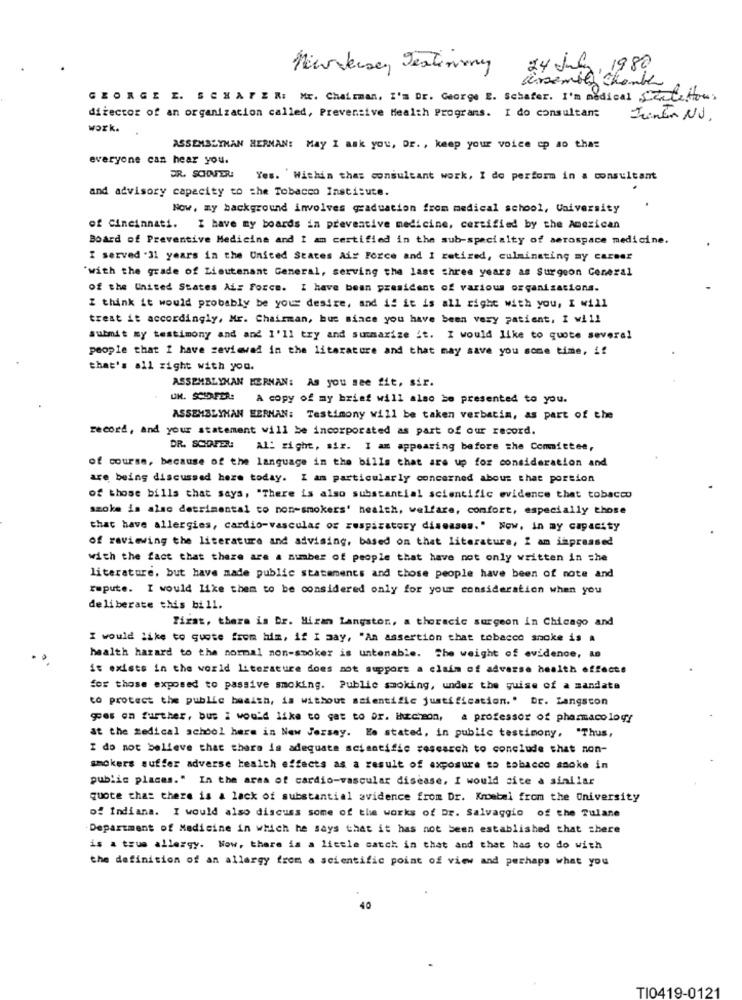
NewJersey Jestenny
24 July, 1980
Hersemble Shorth
GEORGE E. SCHAFER: Mr. Chairman, I'm Dr. George E. Schafer. I'm Dedical Statetous
director of an organization called, Preventive Health Programs. I do consultant
Tintin NJ.
work.
ASSEMBLYMAN HERMAN: May I ask you, Dr. , keep your voice cp so that
everyone can hear you.
DR. SCHINTERI
Yes. Within the: consultant work, I do perform in a consultant
and advisory capacity to the Tobacco Institute.
Now, my background involves graduation from medical school, University
of Cincinnati. I have my boards in preventive medicine, certified by the American
Board of Preventive Medicine and I am certified in the sub-specialty of aerospace medicine.
I served .31 years in the United States Air Force and I retired, culminating my career
"with the grade of Lieutenant General, serving the last three years as Surgeon General
of the United States Ai: Force. I have been president of various organisations.
I think it would probably be your desire, and if it is all right with you, I will
treat it accordingly, Mr. Chairman, but since you have been very patient, I will
submit my testimony and and I'll try and summarize it. I would like to quote several
people that I have reviewed in the literature and that may save you some time, if
that's all right with you.
ASSEMBLYMAN HERNAN: As you see fit, sir.
UN. SCHAFER: A copy of my brief will also be presented to you.
ASSEMBLYHAN HERMAN: Testimony will be taken verbatim, as part of the
record, and your statement will be incorporated as part of our record.
DR. SCHAFER:
Al: right, six. I am appearing before the Committee,
of course, because of the language in the bills that are up for consideration and
are being discussed here today. I am particularly concerned about that portion
of those bills that says, "There is also substantial scientific evidence that tobacco
szoke is also detrimental to non-smokers' health, welfare, comfort, especially those
that have allergies, cardio-vascular of respiratory diseases." Now, in my capacity
of reviewing the literature and advising, based on that literature, I am impressed
with the fact that there are a number of people that have not only written in the
literature, but have made public statements and those people have been of note and
repute. I would like them to be considered only for your consideration when you
deliberate this bill.
First, there is Dr. Hizan Langston, a thoracic surgeon in Chicago and
I would like to quote from him, if I may, "An assertion that tobacco snoke is a
health hazard to the normal non-smoker is untenable. The weight of evidence, AB
it exists in the world literature does not support a claim of adverse health effects
for those exposed to passive smoking. Public smoking, under the guise of a mandate
to protect the public health, in without scientific justification." br. Langscon
ges on further, bus i would like to get to Or. ihrcheon, a professor of pharmacology
at the medical school here in New Jersey. He stated, in public testimony, "Thus,
I do not believe that there is adequate scientific research to conclude that non-
smokers suffer adverse health effects as a result of exposure to tobacco smoke in
public places." In the area of cardio-vascular disease, I would site a similar
quote that there is a lack of substantial evidence from Dr. Kroetml from the University
of Indiana. I would also discuss some of the works of Dr. Salvaggio of the Tulane
Department of Medicine in which he says that it has not been established that there
is a tous allergy. Now, there is a little catch in that and that has to do with
the definition of an allergy from a scientific point of view and perhaps what you
40
TI0419-0121